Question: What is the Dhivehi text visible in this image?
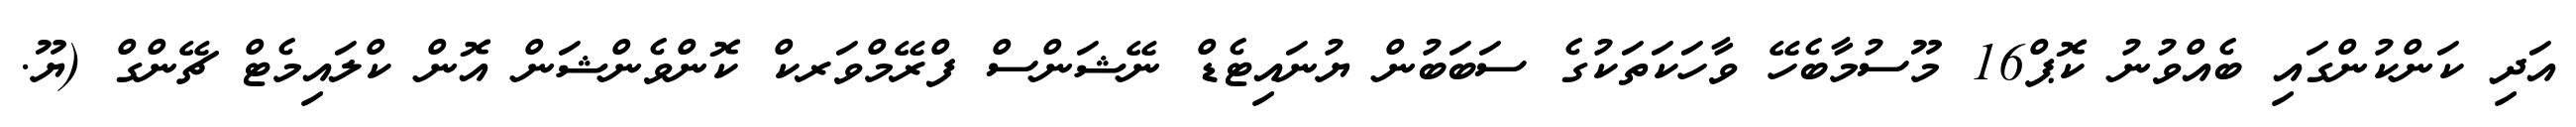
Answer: އަދި ކަންކުންގައި ބެއްވުނު ކޮޕް16 މޫސުމާބެހޭ ވާހަކަތަކުގެ ސަބަބުން ޔުނައިޓެޑް ނޭޝަންސް ފްރޭމްވަރކް ކޮންވެންޝަން އޮން ކްލައިމެޓް ޗޭންގް (ޔޫ.